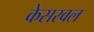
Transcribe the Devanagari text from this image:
केसरवल